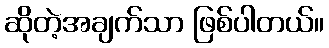
ဆိုတဲ့အချက်သာ ဖြစ်ပါတယ်။